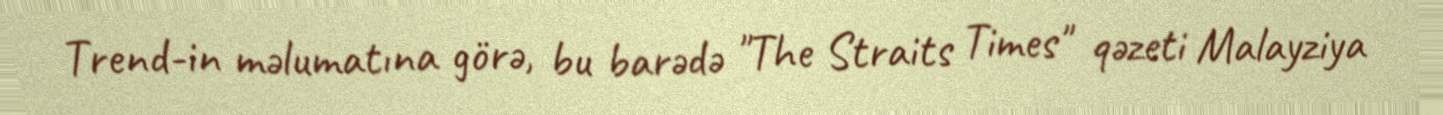
Trend-in məlumatına görə, bu barədə "The Straits Times" qəzeti Malayziya